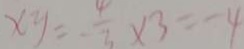
x y = \frac { 4 } { 3 } \times 3 = - 4